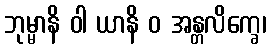
ဘုမ္မာနိ ဝါ ယာနိ ဝ အန္တလိက္ခေ၊